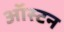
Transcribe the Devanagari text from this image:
ऑस्टन